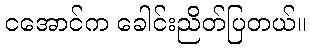
ငအောင်က ခေါင်းညိတ်ပြတယ်။